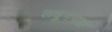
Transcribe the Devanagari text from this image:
लधुगणक